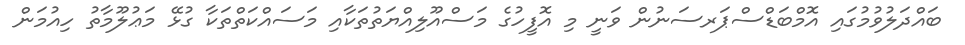
ބައްދަލުވުމުގައި އޮމްބަޑްސްޕަރސަނުން ވަނީ މި އޮފީހުގެ މަސްއޫލިއްޔަތުތަކާއި މަސައްކަތްތަކާ ގުޅޭ މަޢުލޫމާތު ހިއުމަން